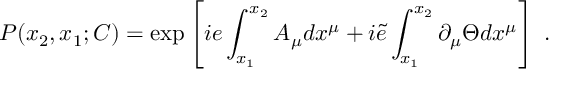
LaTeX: P ( x _ { 2 } , x _ { 1 } ; C ) = \exp \left[ i e \int _ { x _ { 1 } } ^ { x _ { 2 } } A _ { \mu } d x ^ { \mu } + i \tilde { e } \int _ { x _ { 1 } } ^ { x _ { 2 } } \partial _ { \mu } { \Theta } d x ^ { \mu } \right] ~ .